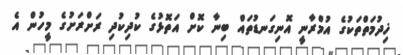
ޚިދުމަތްތަކުގެ އުމްރާނީ އޮނިގަނޑުތައް ބިނާ ކޮށް އަތޮޅުގެ ކުދިކުދި ރަށްރަށުގެ މީހުން އެ